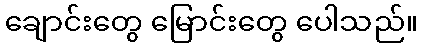
ချောင်းတွေ မြောင်းတွေ ပေါသည်။